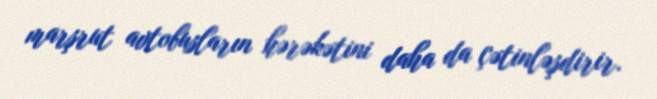
marşrut avtobusların hərəkətini daha da çətinləşdirir.